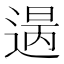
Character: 𨕈